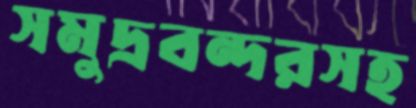
সমুদ্রবন্দরসহ